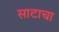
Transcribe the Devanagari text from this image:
साटाचा